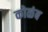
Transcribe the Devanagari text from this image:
कोळंब